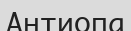
Антиопа